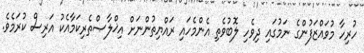
ހުރިހާ މުވައްޒަފުންގެ ނަމުގައި ދިވެހި ލޮބުވެތި އެންމެހައި ރައްޔިތުންނަށް އިޚްލާޞްތެރިކަމާއެކު އަރިސް ކުރަމެވެ.